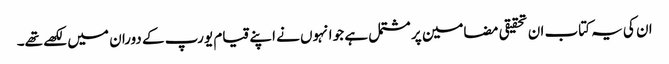
ان کی یہ کتاب ان تحقیقی مضامین پر مشتمل ہے جو انہوں نے اپنے قیام یورپ کے دوران میں لکھے تھے۔